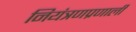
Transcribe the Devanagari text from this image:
नियंत्रणप्रणाली